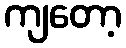
ကျတော့